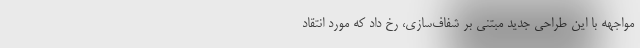
مواجهه با این طراحی جدید مبتنی بر شفاف‌سازی، رخ داد که مورد انتقاد